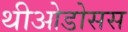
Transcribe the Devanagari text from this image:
थीओडोसस